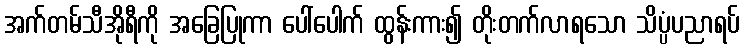
အက်တမ်သီအိုရီကို အခြေပြုကာ ပေါ်ပေါက် ထွန်းကား၍ တိုးတက်လာရသော သိပ္ပံပညာရပ်